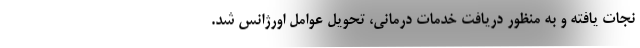
نجات یافته و به منظور دریافت خدمات درمانی، تحویل عوامل اورژانس شد.